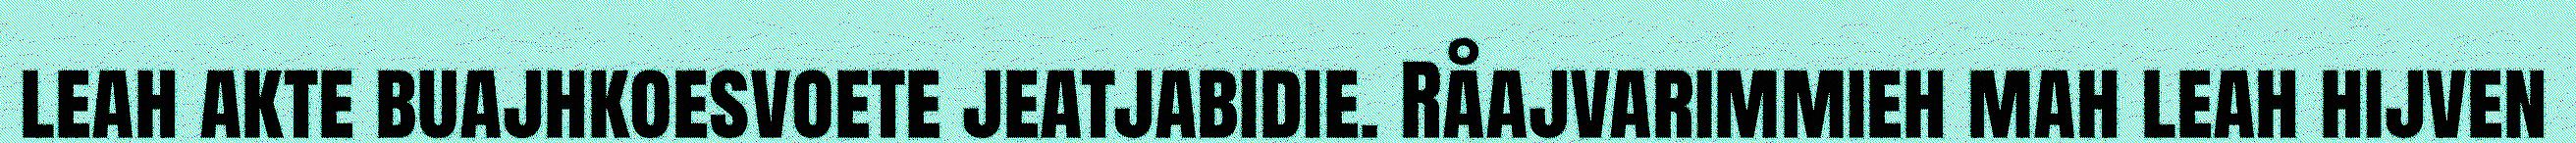
leah akte buajhkoesvoete jeatjabidie. Råajvarimmieh mah leah hijven